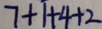
7 + 1 + 4 + 2